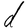
Character: d